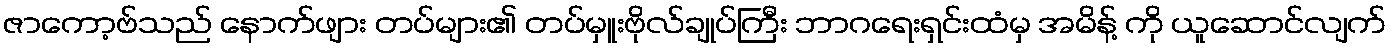
ဇာကော့ဗ်သည် နောက်ဖျား တပ်များ၏ တပ်မှူးဗိုလ်ချုပ်ကြီး ဘာဂရေးရှင်းထံမှ အမိန့် ကို ယူဆောင်လျက်